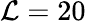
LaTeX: \mathcal{L}=20